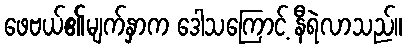
ဖေဗယ်၏မျက်နှာက ဒေါသကြောင့် နီရဲလာသည်။